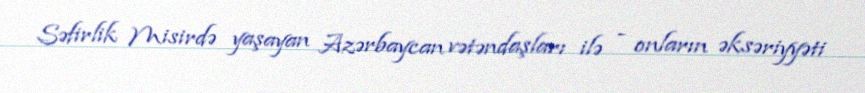
Səfirlik Misirdə yaşayan Azərbaycan vətəndaşları ilə - onların əksəriyyəti